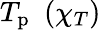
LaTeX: T_{\mathrm{p}}\, \, \left(\chi_{T}\right)